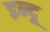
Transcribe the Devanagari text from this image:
इन्‍दू